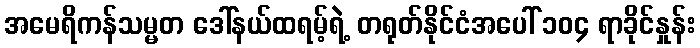
အမေရိကန်သမ္မတ ဒေါ်နယ်ထရမ့်ရဲ့ တရုတ်နိုင်ငံအပေါ် ၁၀၄ ရာခိုင်နှုန်း